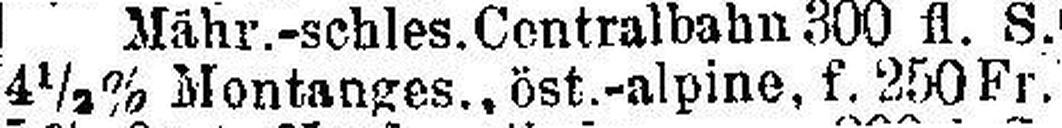
4½% Montanges., öst.-alpine. f. 250 Fr.